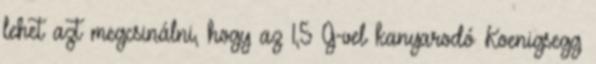
lehet azt megcsinálni, hogy az 1,5 G-vel kanyarodó Koenigsegg